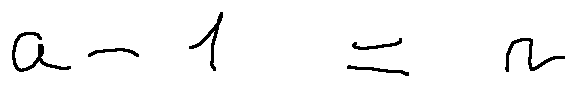
a - 1 = n